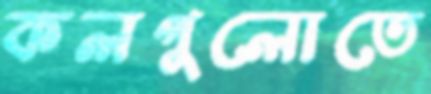
কলগুলোতে